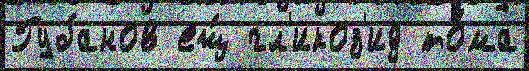
Губанов ещ́ гл'икоз'ид то́ма